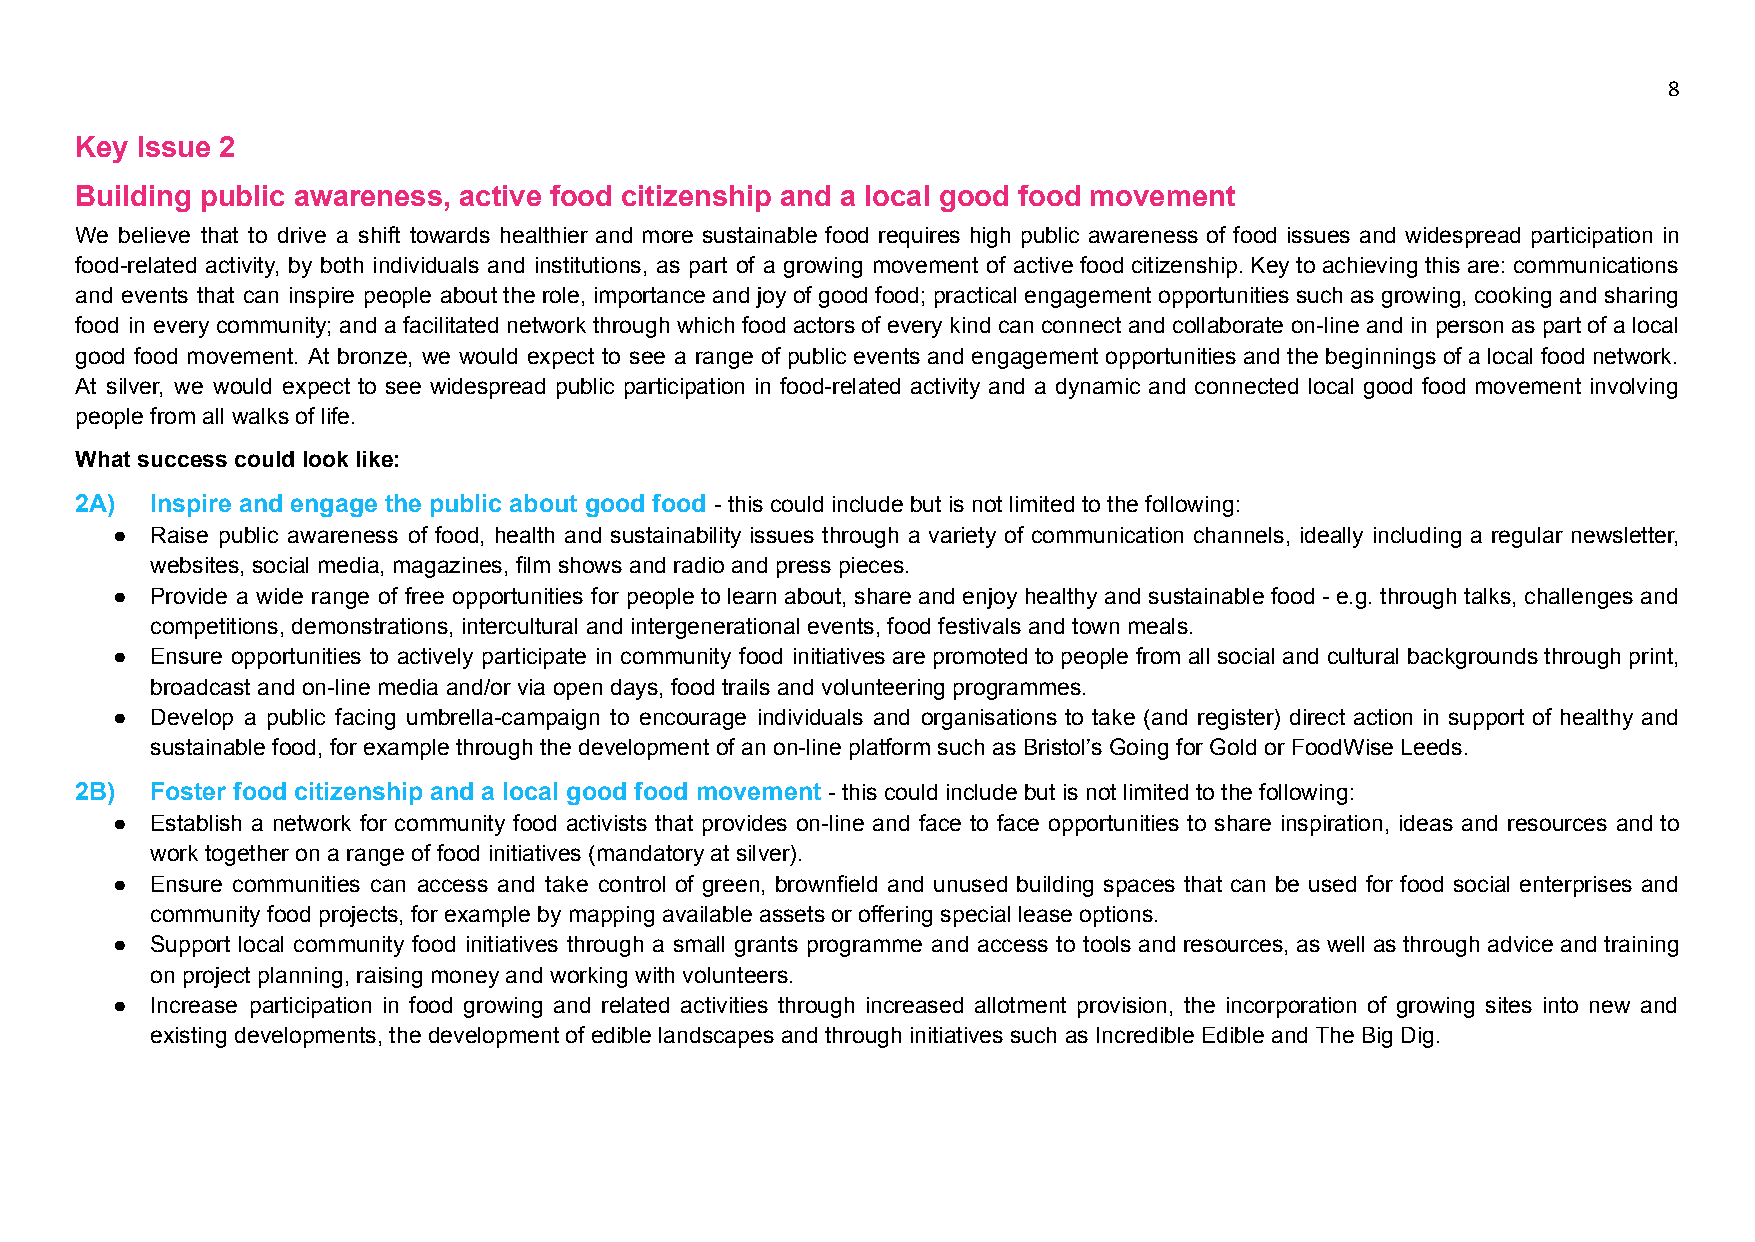
8
 Key Issue 2
 Building public awareness, active food citizenship and a local good food movement
 We believe that to drive a shift towards healthier and more sustainable food requires high public awareness of food issues and widespread participation in
 food-related activity, by both individuals and institutions, as part of a growing movement of active food citizenship. Key to achieving this are: communications
 and events that can inspire people about the role, importance and joy of good food; practical engagement opportunities such as growing, cooking and sharing
 food in every community; and a facilitated network through which food actors of every kind can connect and collaborate on-line and in person as part of a local
 good food movement. At bronze, we would expect to see a range of public events and engagement opportunities and the beginnings of a local food network.
 At silver, we would expect to see widespread public participation in food-related activity and a dynamic and connected local good food movement involving
 people from all walks of life.
 What success could look like:
 2A)  Inspire and engage the public about good food - this could include but is not limited to the following:
 ●  Raise public awareness of food, health and sustainability issues through a variety of communication channels, ideally including a regular newsletter,
 websites, social media, magazines, film shows and radio and press pieces.
 ●  Provide a wide range of free opportunities for people to learn about, share and enjoy healthy and sustainable food - e.g. through talks, challenges and
 competitions, demonstrations, intercultural and intergenerational events, food festivals and town meals.
 ●  Ensure opportunities to actively participate in community food initiatives are promoted to people from all social and cultural backgrounds through print,
 broadcast and on-line media and/or via open days, food trails and volunteering programmes.
 ●  Develop a public facing umbrella-campaign to encourage individuals and organisations to take (and register) direct action in support of healthy and
 sustainable food, for example through the development of an on-line platform such as Bristol’s Going for Gold or FoodWise Leeds.
 2B)  Foster food citizenship and a local good food movement - this could include but is not limited to the following:
 ●  Establish a network for community food activists that provides on-line and face to face opportunities to share inspiration, ideas and resources and to
 work together on a range of food initiatives (mandatory at silver).
 ●  Ensure communities can access and take control of green, brownfield and unused building spaces that can be used for food social enterprises and
 community food projects, for example by mapping available assets or offering special lease options.
 ●  Support local community food initiatives through a small grants programme and access to tools and resources, as well as through advice and training
 on project planning, raising money and working with volunteers.
 ●  Increase participation in food growing and related activities through increased allotment provision, the incorporation of growing sites into new and
 existing developments, the development of edible landscapes and through initiatives such as Incredible Edible and The Big Dig.